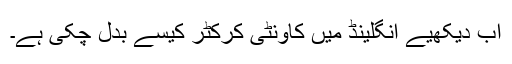
اب دیکھیے انگلینڈ میں کاونٹی کرکٹر کیسے بدل چکی ہے۔